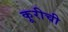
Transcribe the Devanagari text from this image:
कूरीची